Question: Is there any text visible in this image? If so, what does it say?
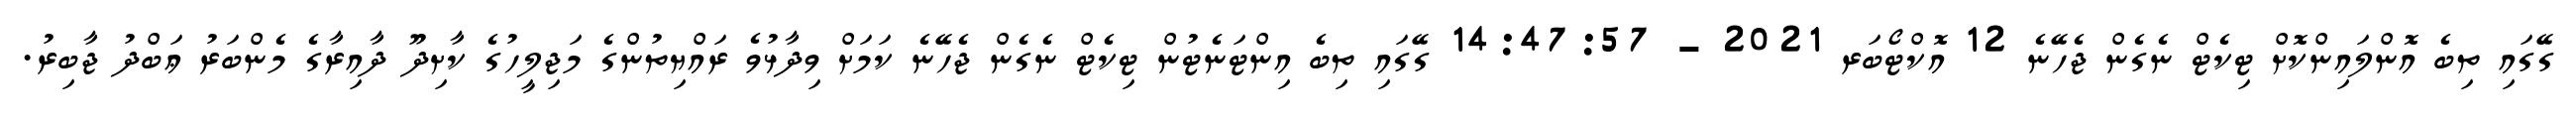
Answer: ގޭގައި ތިބެ އޮންލައިންކޮށް ޓިކެޓް ނެގެން ޖެހޭނެ 12 އޮކްޓޯބަރ 2021 - 14:47:57 ގޭގައި ތިބެ އިންޓަނެޓުން ޓިކެޓް ނެގެން ޖެހޭނެ ކަމަށް ވިދާޅުވެ ރައްޔިތުންގެ މަޖިލީހުގެ ކާށިދޫ ދާއިރާގެ މެންބަރު ޢަބްދު ޖާބިރު.